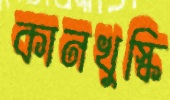
কানখুস্কি